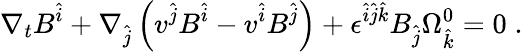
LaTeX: \nabla_{t}B^{\hat{i}}+\nabla_{\hat{j}}\left(v^{\hat{j}}B^{\hat{i}}-v^{\hat{i}}B^{\hat{j}}\right)+{\epsilon}^{\hat{i}\hat{j}\hat{k}}B_{\hat{j}}{\Omega}_{\hat{k}}^{0}=0\; .